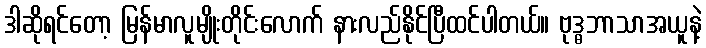
ဒါဆိုရင်တော့ မြန်မာလူမျိုးတိုင်းလောက် နားလည်နိုင်ပြီထင်ပါတယ်။ ဗုဒ္ဓဘာသာအယူနဲ့